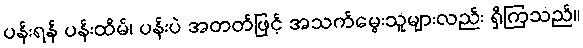
ပန်းရန် ပန်းထိမ်၊ ပန်းပဲ အတတ်ဖြင့် အသက်မွေးသူများလည်း ရှိကြသည်။